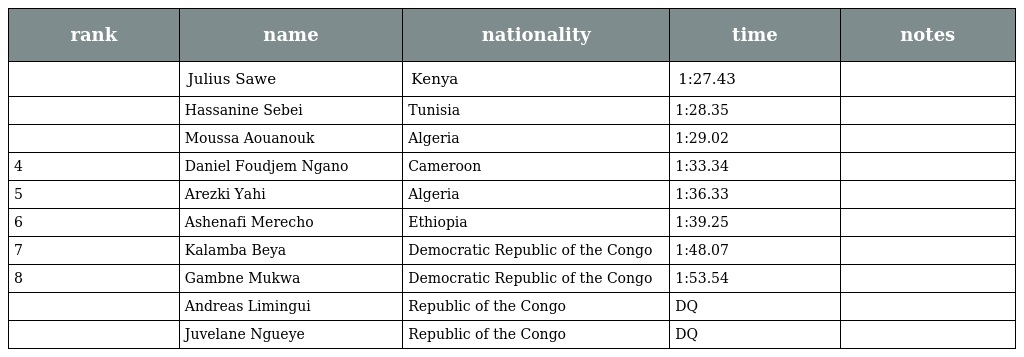
| rank | name | nationality | time | notes |
 | --- | --- | --- | --- | --- |
 |  | Julius Sawe | Kenya | 1:27.43 |  |
 |  | Hassanine Sebei | Tunisia | 1:28.35 |  |
 |  | Moussa Aouanouk | Algeria | 1:29.02 |  |
 | 4 | Daniel Foudjem Ngano | Cameroon | 1:33.34 |  |
 | 5 | Arezki Yahi | Algeria | 1:36.33 |  |
 | 6 | Ashenafi Merecho | Ethiopia | 1:39.25 |  |
 | 7 | Kalamba Beya | Democratic Republic of the Congo | 1:48.07 |  |
 | 8 | Gambne Mukwa | Democratic Republic of the Congo | 1:53.54 |  |
 |  | Andreas Limingui | Republic of the Congo | DQ |  |
 |  | Juvelane Ngueye | Republic of the Congo | DQ |  |